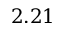
2 . 2 1